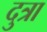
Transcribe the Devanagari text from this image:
दुत्रा